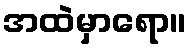
အထဲမှာရော။